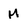
Character: M